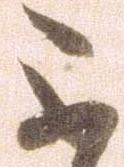
不